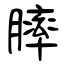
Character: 膟